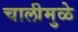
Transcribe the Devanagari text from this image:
चालीमुळे